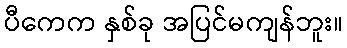
ပီကေက နှစ်ခု အပြင်မကျန်ဘူး။